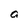
Character: a